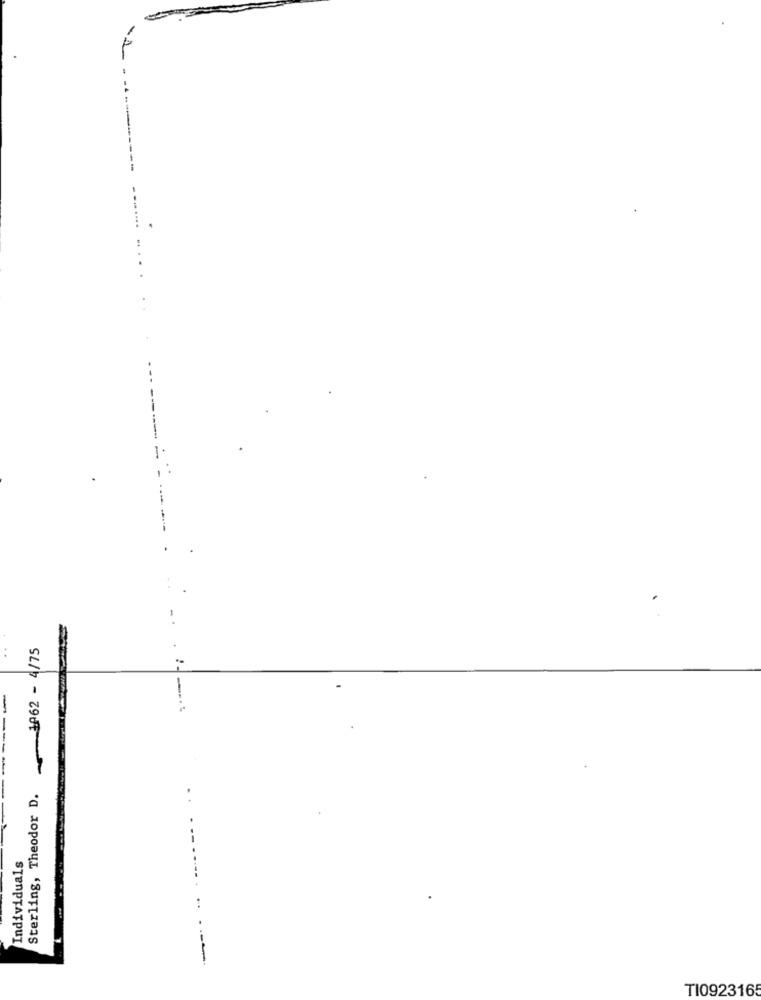
---
1962 - 4/75
:-
-
Sterling, Theodor D.
Individuals
..
-
TI0923165